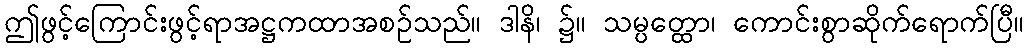
ဤဖွင့်ကြောင်းဖွင့်ရာအဋ္ဌကထာအစဉ်သည်။ ဒါနိ၊ ၌။ သမ္ပတ္ထော၊ ကောင်းစွာဆိုက်ရောက်ပြီ။